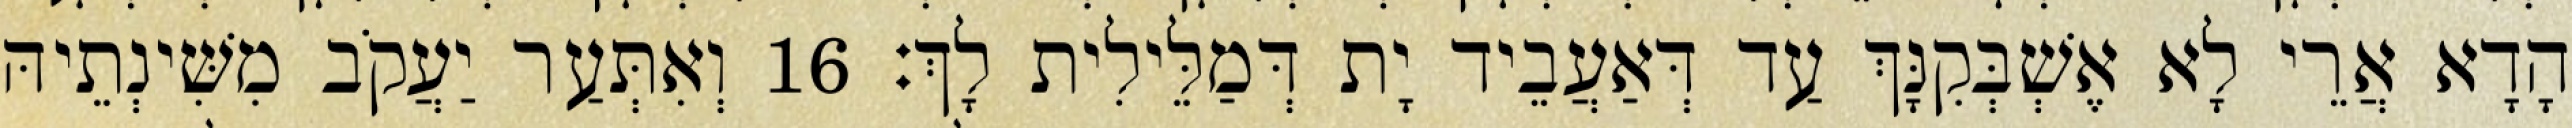
הָדָא אֲרֵי לָא אֶשְׁבְּקִנָּךְ עַד דְּאַעֲבֵיד יָת דְּמַלֵּילִית לָךְ׃ 16 וְאִתְּעַר יַעֲקֹב מִשִּׁינְתֵיהּ